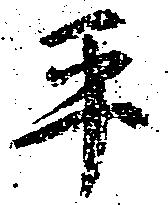
平